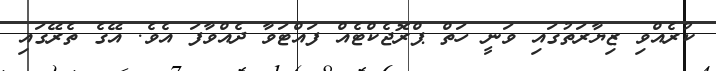
ކުރެއްވި ޒިޔާރަތުގައި ވަނީ ހަތް ޕްރޮޖެކްޓެއް ފައްޓަވާ ދެއްވާފަ އެވެ. އޭގެ ތެރޭގައި